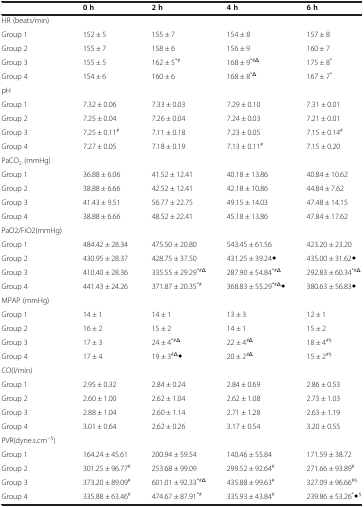
<table><thead><tr><td><b> </b></td><td><b>0 h</b></td><td><b>2 h</b></td><td><b>4 h</b></td><td><b>6 h</b></td></tr></thead><tbody><tr><td>HR (beats/min)</td><td> </td><td> </td><td> </td><td> </td></tr><tr><td>Group 1</td><td>152 ± 5</td><td>155 ± 7</td><td>154 ± 8</td><td>157 ± 8</td></tr><tr><td>Group 2</td><td>155 ± 7</td><td>158 ± 6</td><td>156 ± 9</td><td>160 ± 7</td></tr><tr><td>Group 3</td><td>155 ± 5</td><td>162 ± 5<sup>*#</sup></td><td>168 ± 9<sup>*#Δ</sup></td><td>175 ± 8<sup>*</sup></td></tr><tr><td>Group 4</td><td>154 ± 6</td><td>160 ± 6</td><td>168 ± 8<sup>*Δ</sup></td><td>167 ± 7<sup>*</sup></td></tr><tr><td>pH</td><td> </td><td> </td><td> </td><td> </td></tr><tr><td>Group 1</td><td>7.32 ± 0.06</td><td>7.33 ± 0.03</td><td>7.29 ± 0.10</td><td>7.31 ± 0.01</td></tr><tr><td>Group 2</td><td>7.25 ± 0.04</td><td>7.26 ± 0.04</td><td>7.24 ± 0.03</td><td>7.21 ± 0.01</td></tr><tr><td>Group 3</td><td>7.25 ± 0.11<sup>#</sup></td><td>7.11 ± 0.18</td><td>7.23 ± 0.05</td><td>7.15 ± 0.14<sup>#</sup></td></tr><tr><td>Group 4</td><td>7.27 ± 0.05</td><td>7.18 ± 0.19</td><td>7.13 ± 0.11<sup>#</sup></td><td>7.15 ± 0.20</td></tr><tr><td>PaCO<sub>2</sub> (mmHg)</td><td> </td><td> </td><td> </td><td> </td></tr><tr><td>Group 1</td><td>36.88 ± 6.06</td><td>41.52 ± 12.41</td><td>40.18 ± 13.86</td><td>40.84 ± 10.62</td></tr><tr><td>Group 2</td><td>38.88 ± 6.66</td><td>42.52 ± 12.41</td><td>42.18 ± 10.86</td><td>44.84 ± 7.62</td></tr><tr><td>Group 3</td><td>41.43 ± 9.51</td><td>56.77 ± 22.75</td><td>49.15 ± 14.03</td><td>47.48 ± 14.15</td></tr><tr><td>Group 4</td><td>38.88 ± 6.66</td><td>48.52 ± 22.41</td><td>45.18 ± 13.86</td><td>47.84 ± 17.62</td></tr><tr><td>PaO2/FiO2(mmHg)</td><td> </td><td> </td><td> </td><td> </td></tr><tr><td>Group 1</td><td>484.42 ± 28.34</td><td>475.50 ± 20.80</td><td>543.45 ± 61.56</td><td>423.20 ± 23.20</td></tr><tr><td>Group 2</td><td>430.95 ± 28.37</td><td>428.75 ± 37.50</td><td>431.25 ± 39.24◆</td><td>435.00 ± 31.62◆</td></tr><tr><td>Group 3</td><td>410.40 ± 28.36</td><td>335.55 ± 29.29<sup>*#Δ</sup></td><td>287.90 ± 54.84<sup>*#Δ</sup></td><td>292.83 ± 60.34<sup>*#Δ</sup></td></tr><tr><td>Group 4</td><td>441.43 ± 24.26</td><td>371.87 ± 20.35<sup>*#</sup></td><td>368.83 ± 55.29<sup>*#Δ</sup>◆</td><td>380.63 ± 56.83◆</td></tr><tr><td>MPAP (mmHg)</td><td> </td><td> </td><td> </td><td> </td></tr><tr><td>Group 1</td><td>14 ± 1</td><td>14 ± 1</td><td>13 ± 3</td><td>12 ± 1</td></tr><tr><td>Group 2</td><td>16 ± 2</td><td>15 ± 2</td><td>14 ± 1</td><td>15 ± 2</td></tr><tr><td>Group 3</td><td>17 ± 3</td><td>24 ± 4<sup>*#Δ</sup></td><td>22 ± 4<sup>#Δ</sup></td><td>18 ± 4<sup>#§</sup></td></tr><tr><td>Group 4</td><td>17 ± 4</td><td>19 ± 3<sup>#Δ</sup>◆</td><td>20 ± 2<sup>#Δ</sup></td><td>15 ± 2<sup>#§</sup></td></tr><tr><td>CO(l/min)</td><td> </td><td> </td><td> </td><td> </td></tr><tr><td>Group 1</td><td>2.95 ± 0.32</td><td>2.84 ± 0.24</td><td>2.84 ± 0.69</td><td>2.86 ± 0.53</td></tr><tr><td>Group 2</td><td>2.60 ± 1.00</td><td>2.62 ± 1.04</td><td>2.62 ± 1.08</td><td>2.73 ± 1.03</td></tr><tr><td>Group 3</td><td>2.88 ± 1.04</td><td>2.60 ± 1.14</td><td>2.71 ± 1.28</td><td>2.63 ± 1.19</td></tr><tr><td>Group 4</td><td>3.01 ± 0.64</td><td>2.62 ± 0.26</td><td>3.17 ± 0.54</td><td>3.20 ± 0.55</td></tr><tr><td>PVR(dyne.s.cm<sup>-5</sup>)</td><td> </td><td> </td><td> </td><td> </td></tr><tr><td>Group 1</td><td>164.24 ± 45.61</td><td>200.94 ± 59.54</td><td>140.46 ± 55.84</td><td>171.59 ± 38.72</td></tr><tr><td>Group 2</td><td>301.25 ± 96.77<sup>#</sup></td><td>253.68 ± 99.09</td><td>299.52 ± 92.64<sup>#</sup></td><td>271.66 ± 93.89<sup>#</sup></td></tr><tr><td>Group 3</td><td>373.20 ± 89.09<sup>#</sup></td><td>601.01 ± 92.33<sup>*#Δ</sup></td><td>435.88 ± 99.63<sup>#</sup></td><td>327.09 ± 96.66<sup>#§</sup></td></tr><tr><td>Group 4</td><td>335.88 ± 63.46<sup>#</sup></td><td>474.67 ± 87.91<sup>*#</sup></td><td>335.93 ± 43.84<sup>#</sup></td><td>239.86 ± 53.26<sup>*</sup>◆<sup>§</sup></td></tr></tbody></table>